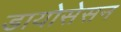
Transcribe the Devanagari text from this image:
डायोसेसन